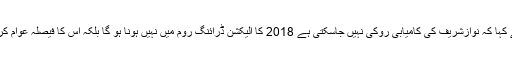
انہو ںنے کہا کہ نوازشریف کی کامیابی روکی نہیں جاسکتی ہے 2018 کا الیکشن ڈرائنگ روم میں نہیں ہونا ہو گا بلکہ اس کا فیصلہ عوام کریں گے ۔